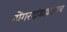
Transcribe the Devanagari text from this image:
डोंगरदांडावरुनच